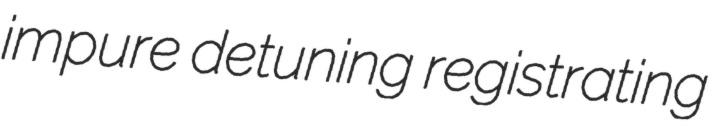
impure detuning registrating